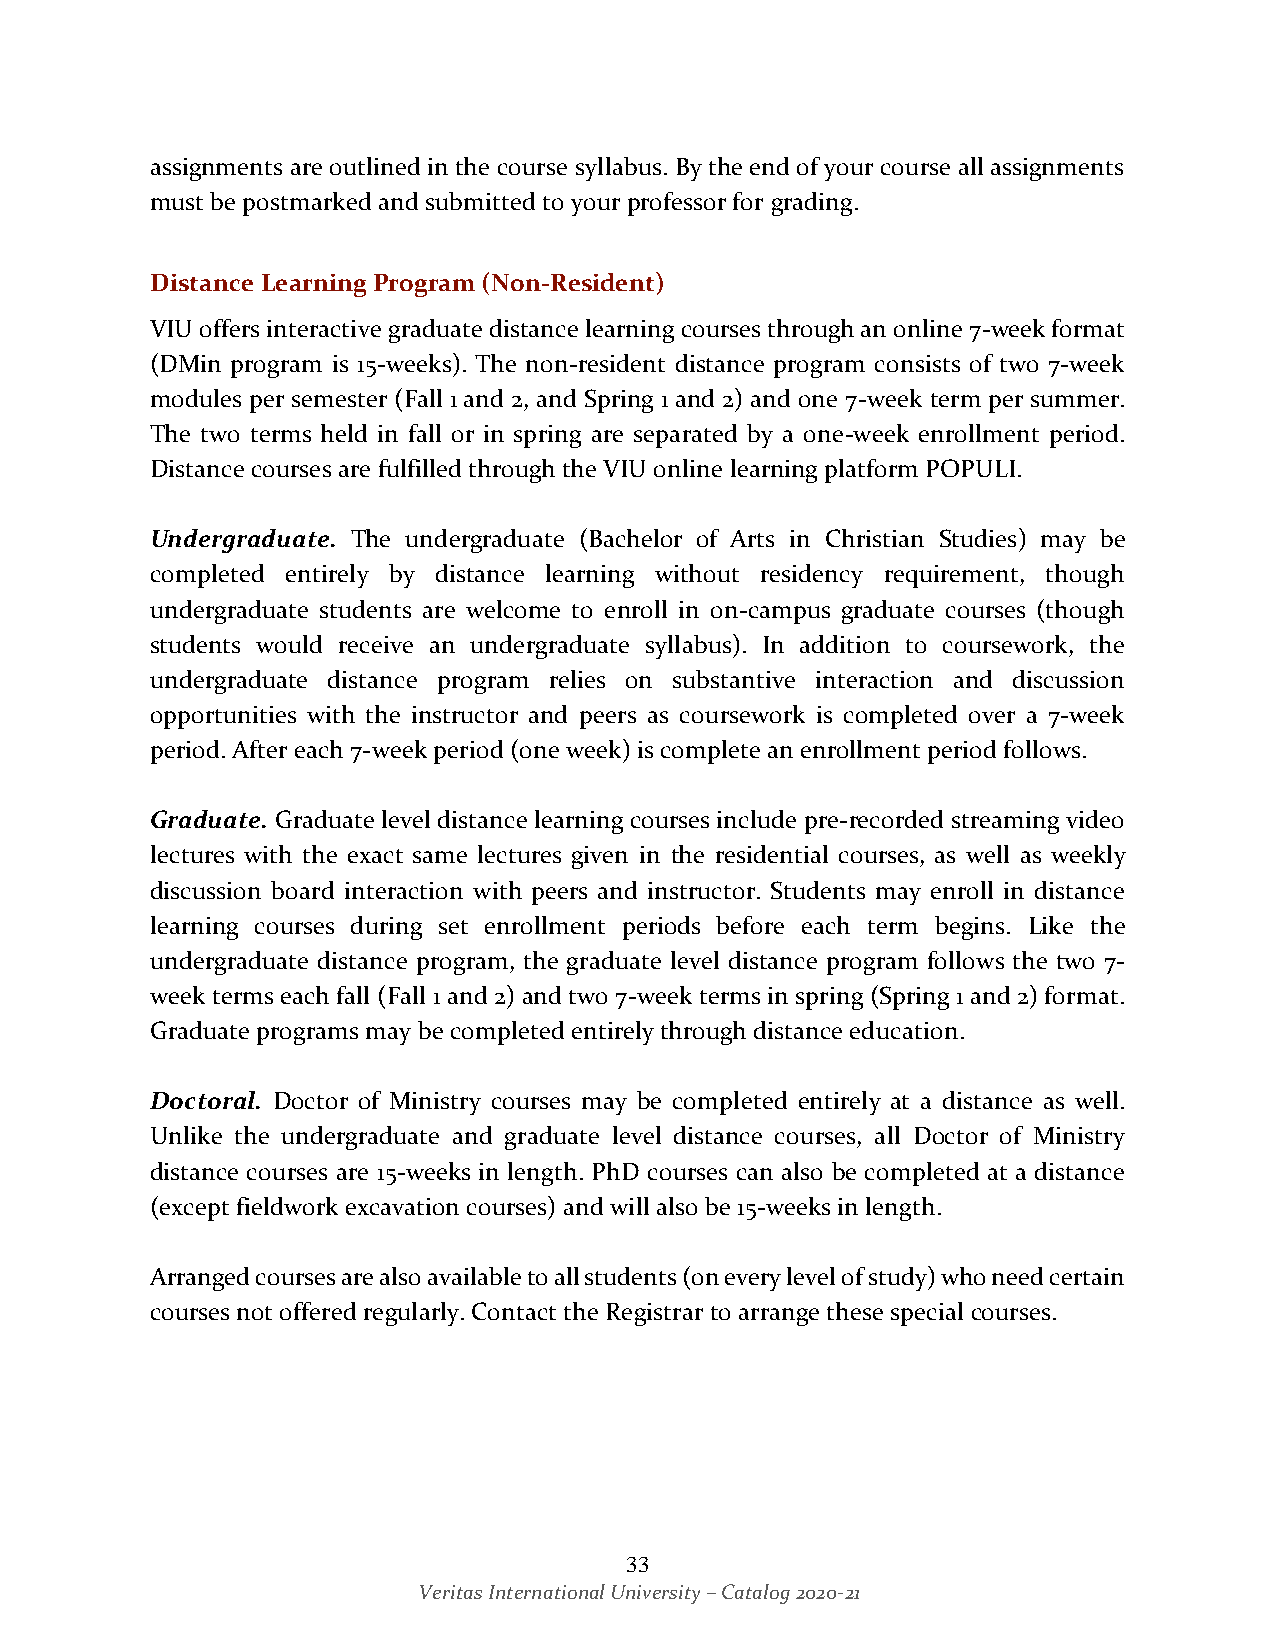
assignments are outlined in the course syllabus. By the end of your course all assignments
 must be postmarked and submitted to your professor for grading.
 Distance Learning Program (Non-Resident)
 VIU offers interactive graduate distance learning courses through an online 7-week format
 (DMin program is 15-weeks). The non-resident distance program consists of two 7-week
 modules per semester (Fall 1 and 2, and Spring 1 and 2) and one 7-week term per summer.
 The two terms held in fall or in spring are separated by a one-week enrollment period.
 Distance courses are fulfilled through the VIU online learning platform POPULI.
 Undergraduate. The undergraduate (Bachelor of Arts in Christian Studies) may be
 completed entirely by distance learning without residency requirement, though
 undergraduate students are welcome to enroll in on-campus graduate courses (though
 students would receive an undergraduate syllabus). In addition to coursework, the
 undergraduate distance program relies on substantive interaction and discussion
 opportunities with the instructor and peers as coursework is completed over a 7-week
 period. After each 7-week period (one week) is complete an enrollment period follows.
 Graduate. Graduate level distance learning courses include pre-recorded streaming video
 lectures with the exact same lectures given in the residential courses, as well as weekly
 discussion board interaction with peers and instructor. Students may enroll in distance
 learning courses during set enrollment periods before each term begins. Like the
 undergraduate distance program, the graduate level distance program follows the two 7-
 week terms each fall (Fall 1 and 2) and two 7-week terms in spring (Spring 1 and 2) format.
 Graduate programs may be completed entirely through distance education.
 Doctoral. Doctor of Ministry courses may be completed entirely at a distance as well.
 Unlike the undergraduate and graduate level distance courses, all Doctor of Ministry
 distance courses are 15-weeks in length. PhD courses can also be completed at a distance
 (except fieldwork excavation courses) and will also be 15-weeks in length.
 Arranged courses are also available to all students (on every level of study) who need certain
 courses not offered regularly. Contact the Registrar to arrange these special courses.
 33
 Veritas International University – Catalog 2020-21